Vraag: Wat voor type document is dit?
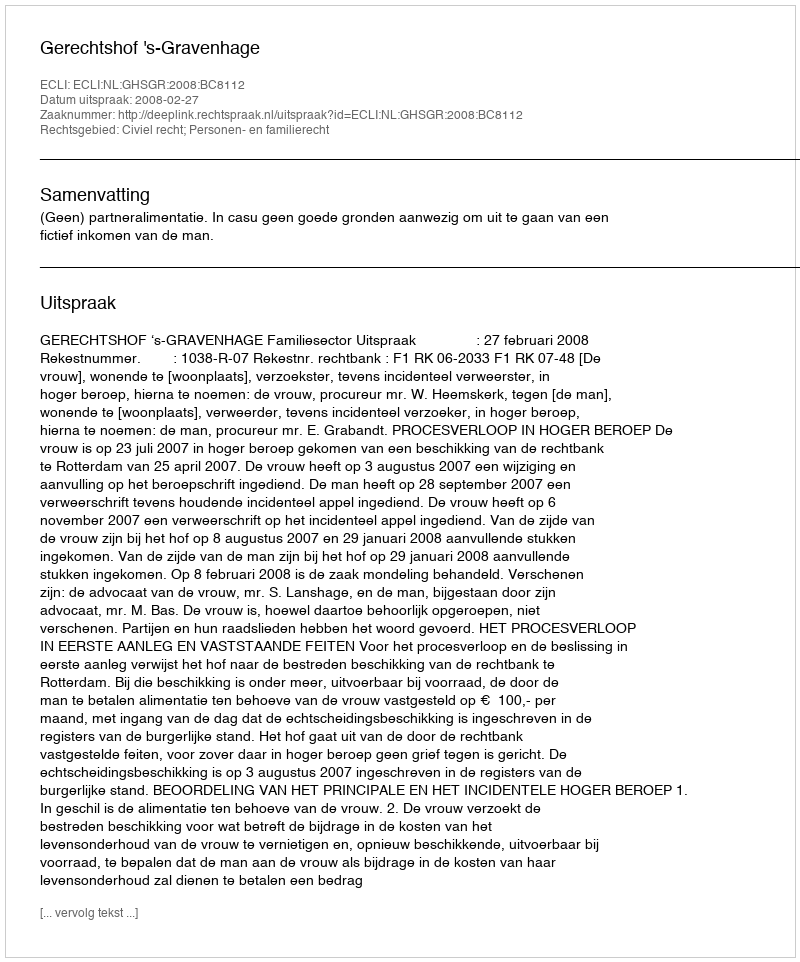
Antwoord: Uitspraak